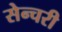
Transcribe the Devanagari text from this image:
सेन्चरी